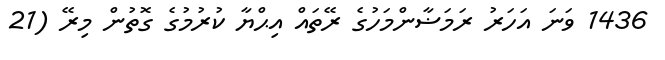
1436 ވަނަ އަހަރު ރަމަޟާންމަހުގެ ރޭތައް އިޙްޔާ ކުރުމުގެ ގޮތުން މިރޭ (21